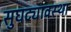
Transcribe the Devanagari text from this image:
सुघट्यावस्था